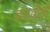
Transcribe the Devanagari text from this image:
जरबीले